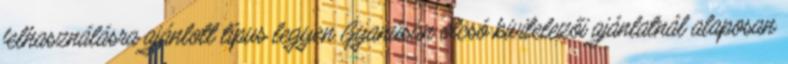
felhasználásra ajánlott típus legyen Gyanúsan olcsó kivitelezői ajánlatnál alaposan